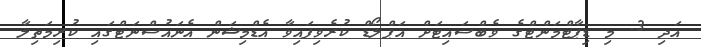
އަދި 3. މި ޑިޕާޓްމަންޓްގެ ވެބްސައިޓަށް އަޕްލޯޑް ކުރެވިފައިވާ އެޑްމިޝަން އެނައުސްނަޓްގައި ކުރިމަތިލާ